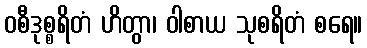
ဝစီဒုစ္စရိတံ ဟိတွာ၊ ဝါစာယ သုစရိတံ စရေ။